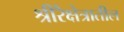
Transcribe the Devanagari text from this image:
श्रीरैक्षेत्रातील